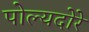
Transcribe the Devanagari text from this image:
पोल्यदोरे